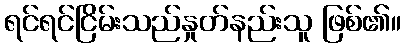
ရင်ရင်ငြိမ်းသည်နှုတ်နည်းသူ ဖြစ်၏။